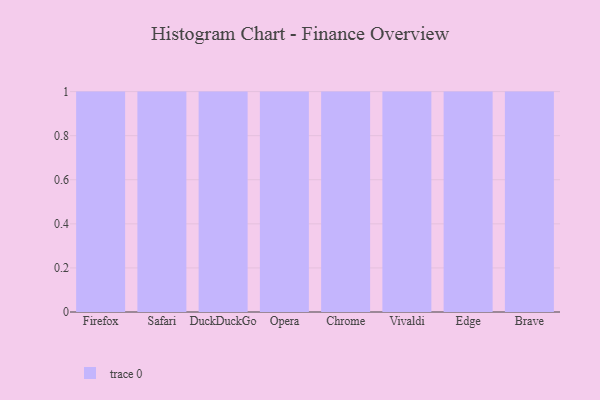
{"axis": {"x": "Browser", "y": "Headcount"}, "legend": [""], "data": [{"x": "Firefox", "y": 44, "type": ""}, {"x": "Safari", "y": 36, "type": ""}, {"x": "DuckDuckGo", "y": 97, "type": ""}, {"x": "Opera", "y": 86, "type": ""}, {"x": "Chrome", "y": 80, "type": ""}, {"x": "Vivaldi", "y": 50, "type": ""}, {"x": "Edge", "y": 7, "type": ""}, {"x": "Brave", "y": 56, "type": ""}]}